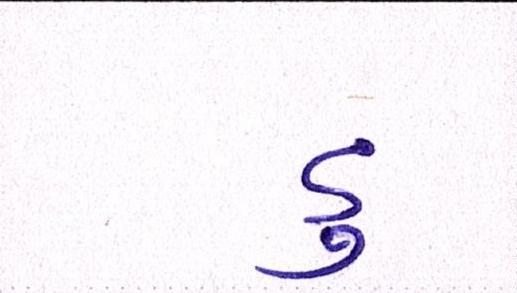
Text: ડુ